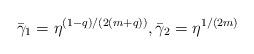
LaTeX: \begin{align*}\bar{\gamma}_1=\eta^{(1-q)/(2(m+q))},\bar{\gamma}_2=\eta^{1/(2m)}\end{align*}